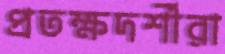
প্রতক্ষদর্শীরা